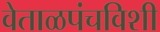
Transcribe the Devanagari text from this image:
वेताळपंचविशी